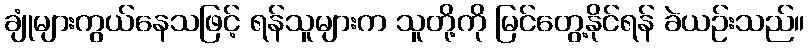
ချုံများကွယ်နေသဖြင့် ရန်သူများက သူတို့ကို မြင်တွေ့နိုင်ရန် ခဲယဉ်းသည်။